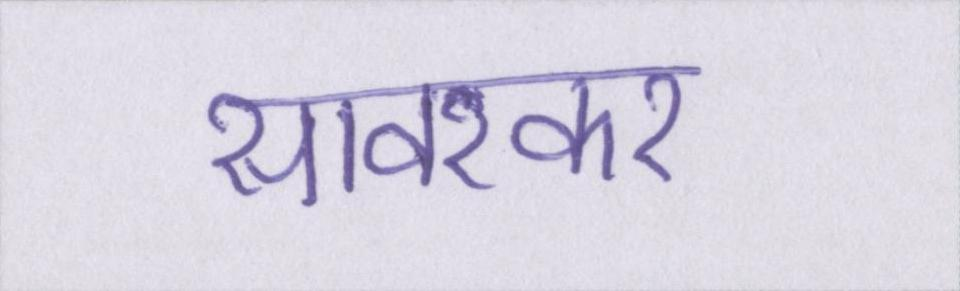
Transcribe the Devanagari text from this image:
सावरकर